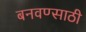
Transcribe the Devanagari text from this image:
बनवण्साठी